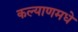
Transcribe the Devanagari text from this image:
कल्याणमधे